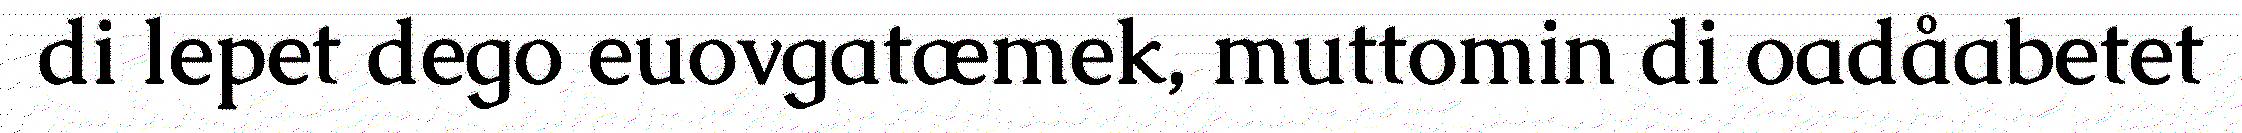
di lepet dego euovgatæmek, muttomin di oadåabetet